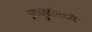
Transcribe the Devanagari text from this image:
आयुधांमध्ये